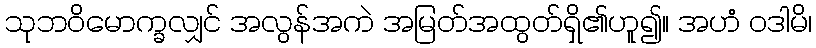
သုဘဝိမောက္ခလျှင် အလွန်အကဲ အမြတ်အထွတ်ရှိ၏ဟူ၍။ အဟံ ဝဒါမိ၊